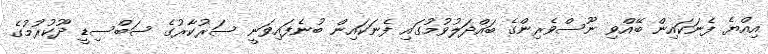
އިއްޔެ ފެނަކައިން ބޭއްވި ނޫސްވެރިންގެ ބައްދަލުވުމުގައި ފެނަކައިން ބުނެފައިވަނީ ސަރުކާރުގެ ސަބްސިޑީ ދޫކުރުމުގެ